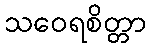
သဝေရစိတ္တာ